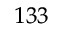
^ { 1 3 3 }